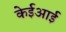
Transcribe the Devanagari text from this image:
केईआई